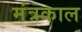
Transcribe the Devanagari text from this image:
मंत्रकाल